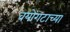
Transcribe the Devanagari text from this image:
वयोगटाच्या